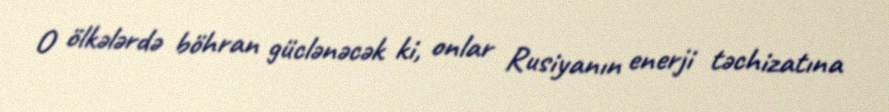
O ölkələrdə böhran güclənəcək ki, onlar Rusiyanın enerji təchizatına